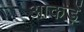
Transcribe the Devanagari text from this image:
आकड़ें